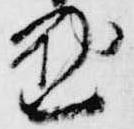
懃